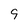
Character: 9